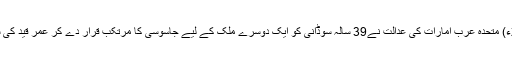
8 جُون 2018ء) متحدہ عرب امارات کی عدالت نے39 سالہ سوڈانی کو ایک دُوسرے ملک کے لیے جاسوسی کا مُرتکب قرار دے کر عمر قید کی سزا سُنائی ہے۔